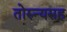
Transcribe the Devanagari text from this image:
तोरुन्यसह